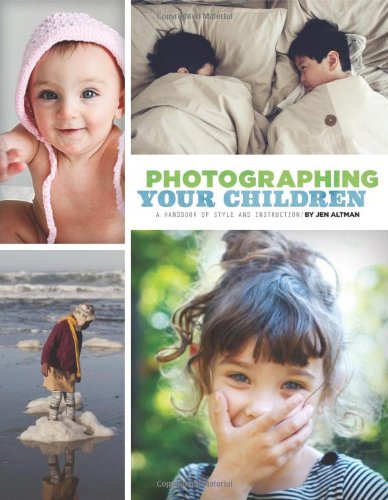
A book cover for Photographing Your Children: A Handbook of Style and Instruction; Jen Altman; Arts & Photography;